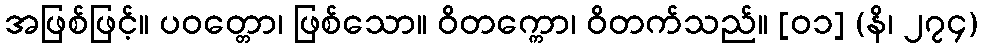
အဖြစ်ဖြင့်။ ပဝတ္တော၊ ဖြစ်သော။ ဝိတက္ကော၊ ဝိတက်သည်။ [၀၁] (နိ၊ ၂၇၄)